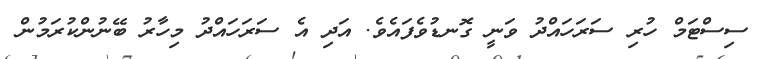
ސިސްޓަމް ހުރި ސަރަހައްދު ވަނީ ގޮނޑުވެފައެވެ. އަދި އެ ސަރަހައްދު މިހާރު ބޭނުންކުރަމުން